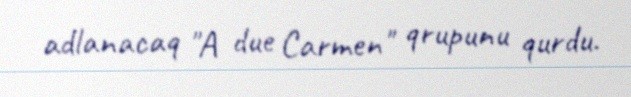
adlanacaq "A due Carmen" qrupunu qurdu.